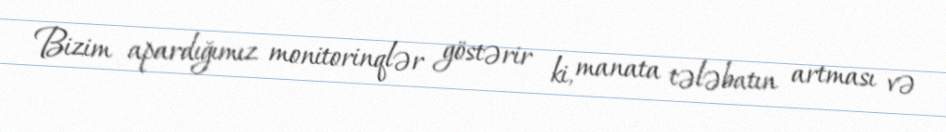
Bizim apardığımız monitorinqlər göstərir ki, manata tələbatın artması və